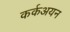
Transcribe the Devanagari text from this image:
कर्कअयन